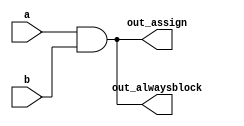
/*
Problem Statement: Build an AND gate using both an assign statement and a combinational always block.
                   (Since assign statements and combinational always blocks function identically, there is no way to enforce that you're using both methods. 
                   But you're here for practice, right?...)
*/

//Solution:

// synthesis verilog_input_version verilog_2001
module top_module(
    input a, 
    input b,
    output wire out_assign,
    output reg out_alwaysblock
);
    assign out_assign= a && b;
    always@(*)
        out_alwaysblock=a && b;

endmodule